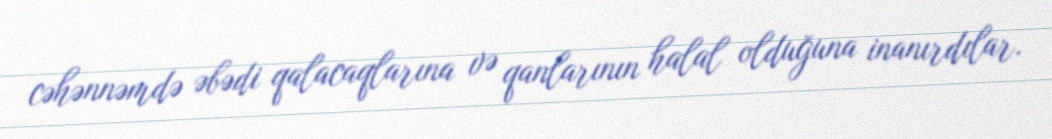
cəhənnəmdə əbədi qalacaqlarına və qanlarının halal olduğuna inanırdılar.